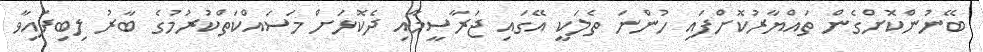
ބޭނުންކޮށްގެން ތައްޔާރުކޮށްފައި ހުންނަ ތެލަކީ އޭގައި ޖަރާސީމާއި ދެކޮޅަށް މަސައްކަތްކުރުމުގެ ބާރު ލިބިފައިވާ